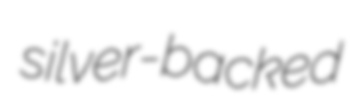
silver-backed